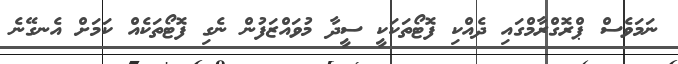
ނަމަވެސް ޕްރޮގްރާމްގައި ދެއްކި ފޮޓޯތަކަކީ ސީދާ މުވައްޒަފުން ނެގި ފޮޓޯތަކެއް ކަމަށް އެނގޭނެ